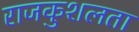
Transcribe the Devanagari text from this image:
राजकुशलता